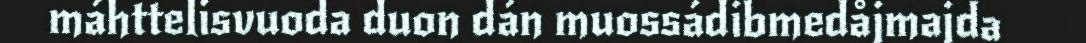
máhttelisvuoda duon dán muossádibmedåjmajda